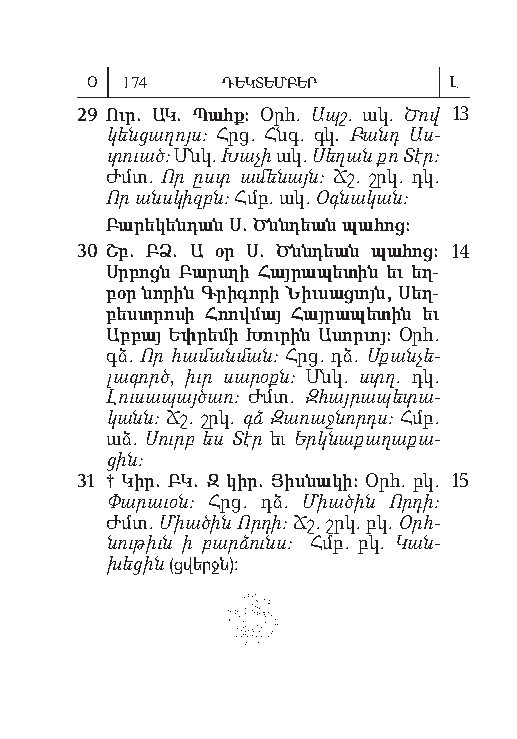
Օ 174    ԴԵԿՏԵՄԲԵՐ      Լ
 29 Ուր. ԱԿ. Պահք: Օրհ. Ապշ. ակ. Ծով 13
 կենց աղոյս: Հրց. Հնգ. գկ. Բանդ Աս­
 տուած: Մնկ. Խա չի ակ. Սեղան քո Տէր:
 Ժմտ. Որ ըստ ա մե նայն: Ճշ. շրկ. դկ.
 Որ անս կիզբն: Հմբ. ակ. Օգնական:
 Բա րե կեն դան Ս. Ծնն դեան պա հոց:
 30 Շբ. ԲՁ. Ա օր Ս. Ծնն դեան պա հոց: 14
 Սրբոցն Բարս ղի Հայ րա պե տին եւ եղ-
 բօր նո րին Գ րի գո րի Նիւ սաց ւոյն, Սեղ-
 բեստրո սի Հ ռով մայ Հայ րա պե տին եւ
 Աբ բայ Եփ րե մի Խու րին Ա սոր ւոյ: Օրհ.
 գձ. Որ համ անմ ան: Հրց. դձ. Ս քանչ ե­
 լագ ործ, իւր սա րօքն: Մնկ. ստղ. դկ.
 Լուս ա պայծ առ: Ժմտ. Զ հայր ապ ե տա­
 կանն: Ճշ. շրկ. գձ Զառ աջն որդս: Հմբ.
 աձ. Սուրբ ես Տէր եւ Երկ նաք աղ ա քա­
 ցին:
 31 † Կիր. ԲԿ. Զ կիր. Յիսն ա կի: Օրհ. բկ. 15
 Փարաւօն: Հրց. դձ. Միածին Որդի:
 Ժմտ. Միա ծին Որդ ի: Ճշ. շրկ. բկ. Օրհ­
 նութիւն ի բարձունս: Հմբ. բկ. Կան­
 խեցին (ցվերջն):